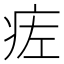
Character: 𬏢